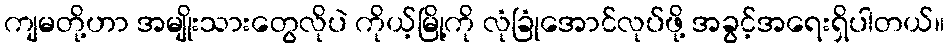
ကျမတို့ဟာ အမျိုးသားတွေလိုပဲ ကိုယ့်မြို့ကို လုံခြုံအောင်လုပ်ဖို့ အခွင့်အရေးရှိပါတယ်။